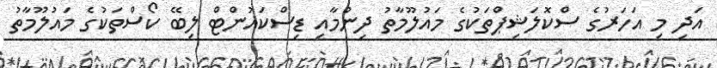
އަދި މި އަހަރުގެ ސްކޮލަޝިޕްތަކުގެ މައުލޫމާތު ދިނުމާއި ޑިސްކައުންޓް ލިބޭ ކޯސްތަކުގެ މައުލޫމާތު